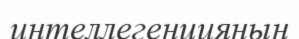
интеллегенцияның